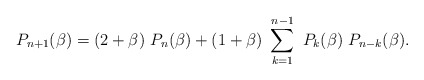
\begin{align*}P_{n+1}(\beta)=(2+\beta)~P_n(\beta)+(1+\beta)~\sum_{k=1}^{n-1}~P_k(\beta)~P_{n-k}(\beta).\end{align*}